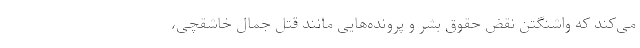
می‌کند که واشنگتن نقض حقوق بشر و پرونده‌هایی مانند قتل جمال خاشقچی،